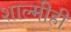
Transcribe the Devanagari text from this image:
शाल्मीही